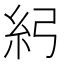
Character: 𥾏